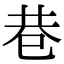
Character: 巷